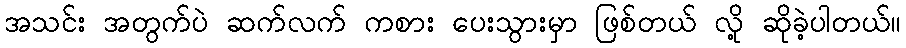
အသင်း အတွက်ပဲ ဆက်လက် ကစား ပေးသွားမှာ ဖြစ်တယ် လို့ ဆိုခဲ့ပါတယ်။